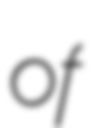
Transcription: of